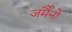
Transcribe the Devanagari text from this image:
जर्मैनो